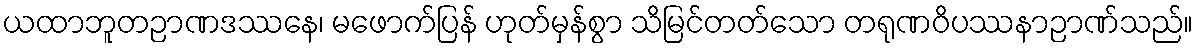
ယထာဘူတဉာဏဒဿနေ၊ မဖောက်ပြန် ဟုတ်မှန်စွာ သိမြင်တတ်သော တရုဏဝိပဿနာဉာဏ်သည်။